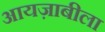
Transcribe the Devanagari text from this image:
आयज़ाबीला